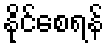
နိုင်စေရန်